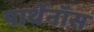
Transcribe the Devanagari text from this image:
पार्थेनॉस